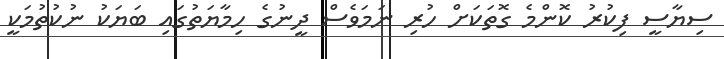
ސިޔާސީ ފިކުރު ކޮންމެ ގޮތަކަށް ހުރި ނަމަވެސް ދީނުގެ ހިމާޔަތުގައި ބަޔަކު ނުކުތުމަކީ